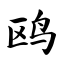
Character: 鸥